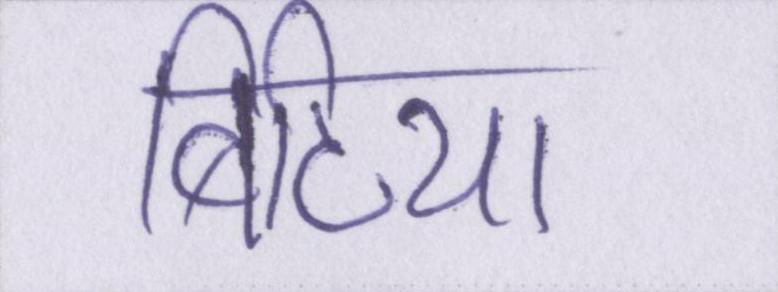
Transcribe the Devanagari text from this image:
बिटिया